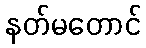
နတ်မတောင်